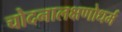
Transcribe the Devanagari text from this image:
चोदनालक्षणोधर्म